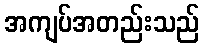
အကျပ်အတည်းသည်